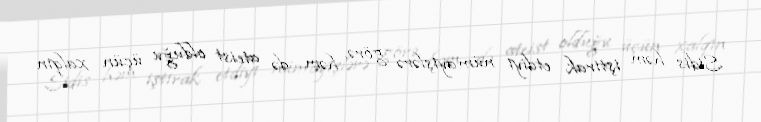
Sidis həm iştirak etdiyi nümayişlərə görə, həm də ateist olduğu üçün xalqın